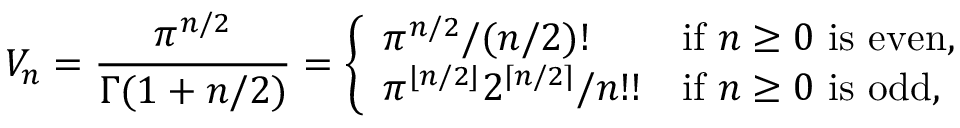
V _ { n } = { \frac { \pi ^ { n / 2 } } { \Gamma ( 1 + n / 2 ) } } = { \left\{ \begin{array} { l l } { { \pi ^ { n / 2 } } / { ( n / 2 ) ! } } & { \mathrm { i f ~ } n \geq 0 \mathrm { ~ i s ~ e v e n , } \ } \\ { { \pi ^ { \lfloor n / 2 \rfloor } 2 ^ { \lceil n / 2 \rceil } } / { n ! ! } } & { \mathrm { i f ~ } n \geq 0 \mathrm { ~ i s ~ o d d , } } \end{array} \right. }